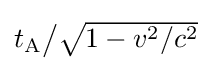
\textstyle t_{\text{A}}{\big /}{\sqrt {1-v^{2}/c^{2}}}